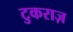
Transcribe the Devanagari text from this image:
टुकराज़